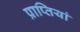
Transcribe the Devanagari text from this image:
प्राप्तियां